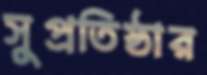
সুপ্রতিষ্ঠার